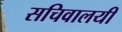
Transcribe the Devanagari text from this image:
सचिवालयी